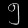
Digit: ၅